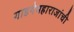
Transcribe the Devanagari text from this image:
गाडगेमहाराजांची